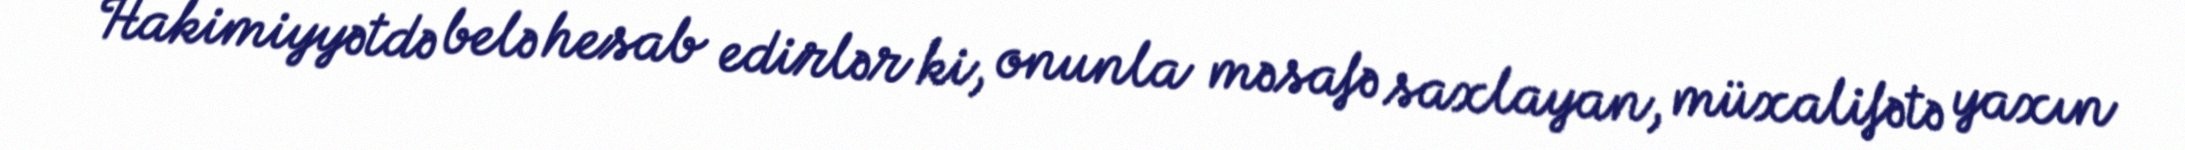
Hakimiyyətdə belə hesab edirlər ki, onunla məsafə saxlayan, müxalifətə yaxın